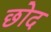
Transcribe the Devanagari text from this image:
छोद